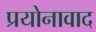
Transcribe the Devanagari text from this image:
प्रयोनावाद